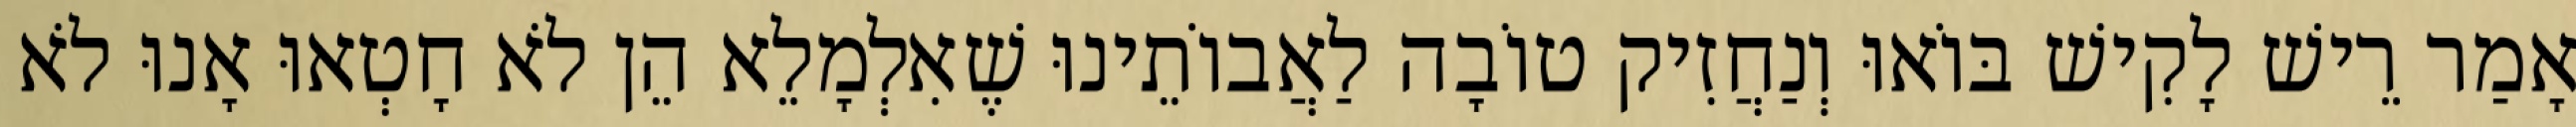
אָמַר רֵישׁ לָקִישׁ בּוֹאוּ וְנַחֲזִיק טוֹבָה לַאֲבוֹתֵינוּ שֶׁאִלְמָלֵא הֵן לֹא חָטְאוּ אָנוּ לֹא